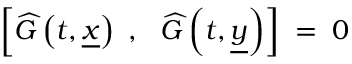
\left[ \widehat { G } \left( t , \underline { { { x } } } \right) ~ , ~ ~ \widehat { G } \left( t , \underline { { { y } } } \right) \right] \; = \; 0